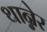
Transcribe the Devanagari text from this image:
थान्नेर